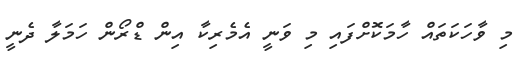
މި ވާހަކަތައް ހާމަކޮށްފައި މި ވަނީ އެމެރިކާ އިން ޑްރޯން ހަމަލާ ދެނީ